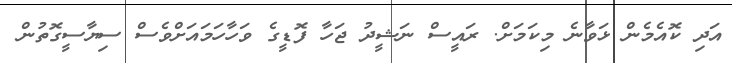
އަދި ކޮއެމެން ޅަވާނެ މިކަމަށް. ރައީސް ނަޝީދު ޖަހާ ފޮޑީގެ ވަހާހަމައަށްވެސް ސިޔާސީގޮތުން